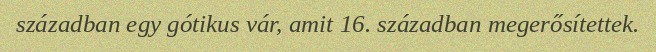
században egy gótikus vár, amit 16. században megerősítettek.